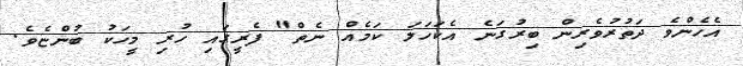
އެހެންވެ ދަތުރުވެރިން ބިރުގަނެ އެކަހަލަ ކަމެއް ނެތް" ފެރީގައި ހުރި މީހަކު ބުންޏެވެ.